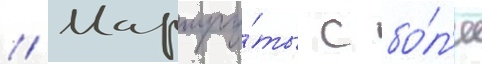
// Маршру́ты с бо́л'ее